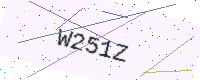
Text: W251Z